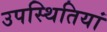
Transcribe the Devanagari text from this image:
उपस्थितियां